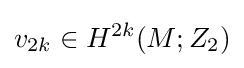
v_{2k}\in H^{2k}(M;Z_{2})